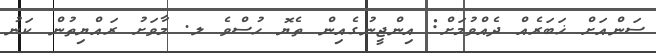
ސަންއަށް ޚަބަރެއް ދެއްވުމަށް: އިންޖީނުގެއިން ތެޔޮ ހުސްވެ ލ. މާވަށު ރައްޔިތުން ކަނު